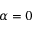
\alpha = 0